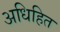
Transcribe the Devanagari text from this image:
अधिहित